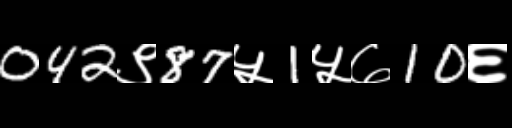
Text: 042९87५1५७10६